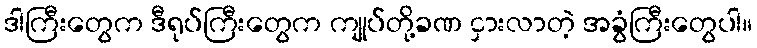
ဒါကြီးတွေက ဒီရုပ်ကြီးတွေက ကျုပ်တို့ခဏ ငှားလာတဲ့ အခွံကြီးတွေပါ။